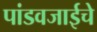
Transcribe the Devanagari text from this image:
पांडवजाईचे